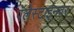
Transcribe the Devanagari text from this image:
पॅलेस्टाईनवर